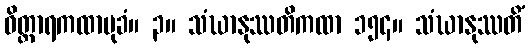
ဝိတ္ထာရကထာမုခံ။ ၃။ သံဃာနုဿတိကထာ ၁၅၄။ သံဃာနုဿတိံ